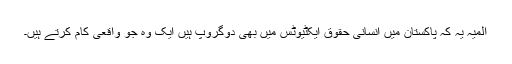
المیہ یہ کہ پاکستان میں انسانی حقوق ایکٹیوٹس میں بھی دوگروپ ہیں ایک وہ جو واقعی کام کرتے ہیں۔